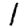
Digit: 1